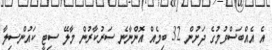
އެ އެއްބަސްވުމުގެ ދަށުން 32 ބިމެއް އޮންނާނެ ސަރުކާރުން މާލޭ ސިޓީ ކައުންސިލާ